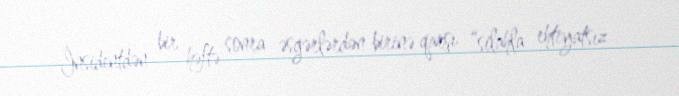
İnsidentdən bir həftə sonra əsgərlərdən birinə qarşı “silahla ehtiyatsız